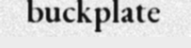
buckplate